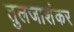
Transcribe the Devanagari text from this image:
तुलजाशंकर